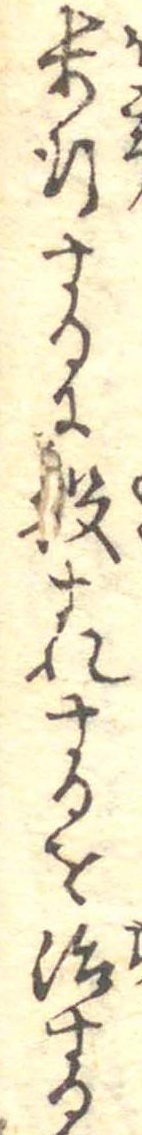
歩行するに股すれするを治する